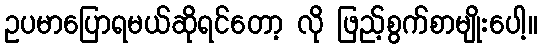
ဥပမာပြောရမယ်ဆိုရင်တော့ လို ဖြည့်စွက်စာမျိုးပေါ့။